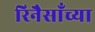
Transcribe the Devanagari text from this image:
रिनैसाँच्या